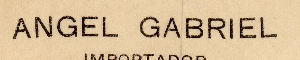
ANGEL GABRIEL